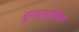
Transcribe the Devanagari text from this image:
वुप्पलादियाम